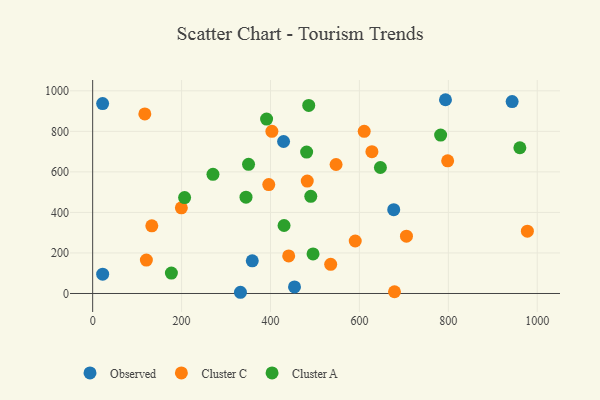
{"axis": {"x": "Price", "y": "Salary"}, "legend": ["Cluster A", "Cluster C", "Observed"], "data": [{"x": "22.5", "y": 95.2, "type": "Observed"}, {"x": "677.2", "y": 413.5, "type": "Observed"}, {"x": "943.5", "y": 946.9, "type": "Observed"}, {"x": "332.4", "y": 6.0, "type": "Observed"}, {"x": "793.6", "y": 956.1, "type": "Observed"}, {"x": "429.4", "y": 750.0, "type": "Observed"}, {"x": "359.0", "y": 161.2, "type": "Observed"}, {"x": "454.0", "y": 32.3, "type": "Observed"}, {"x": "22.4", "y": 937.0, "type": "Observed"}, {"x": "199.5", "y": 422.8, "type": "Cluster C"}, {"x": "678.9", "y": 8.7, "type": "Cluster C"}, {"x": "133.0", "y": 333.7, "type": "Cluster C"}, {"x": "610.8", "y": 800.0, "type": "Cluster C"}, {"x": "396.1", "y": 537.3, "type": "Cluster C"}, {"x": "705.8", "y": 283.0, "type": "Cluster C"}, {"x": "440.9", "y": 185.4, "type": "Cluster C"}, {"x": "535.4", "y": 143.9, "type": "Cluster C"}, {"x": "977.8", "y": 307.7, "type": "Cluster C"}, {"x": "482.7", "y": 554.8, "type": "Cluster C"}, {"x": "403.1", "y": 800.4, "type": "Cluster C"}, {"x": "117.3", "y": 886.2, "type": "Cluster C"}, {"x": "798.5", "y": 654.6, "type": "Cluster C"}, {"x": "547.5", "y": 636.5, "type": "Cluster C"}, {"x": "628.1", "y": 699.8, "type": "Cluster C"}, {"x": "590.6", "y": 259.0, "type": "Cluster C"}, {"x": "120.8", "y": 165.0, "type": "Cluster C"}, {"x": "490.6", "y": 479.5, "type": "Cluster A"}, {"x": "206.8", "y": 473.2, "type": "Cluster A"}, {"x": "495.7", "y": 195.1, "type": "Cluster A"}, {"x": "177.1", "y": 100.6, "type": "Cluster A"}, {"x": "430.5", "y": 335.6, "type": "Cluster A"}, {"x": "486.0", "y": 928.0, "type": "Cluster A"}, {"x": "647.2", "y": 621.7, "type": "Cluster A"}, {"x": "344.9", "y": 475.4, "type": "Cluster A"}, {"x": "960.9", "y": 719.2, "type": "Cluster A"}, {"x": "481.3", "y": 697.6, "type": "Cluster A"}, {"x": "350.6", "y": 637.2, "type": "Cluster A"}, {"x": "782.7", "y": 781.9, "type": "Cluster A"}, {"x": "391.2", "y": 860.6, "type": "Cluster A"}, {"x": "270.6", "y": 588.2, "type": "Cluster A"}]}